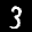
Label: 3